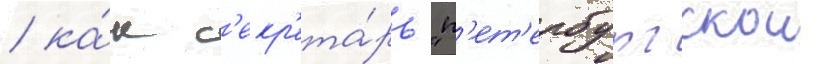
/ ка́к с'екр'ета́рь "п'ет'ербургскои